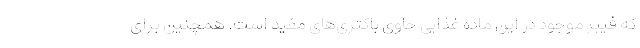
که فیبر موجود در این ماده غذایی حاوی باکتری‌های مفید است. همچنین برای